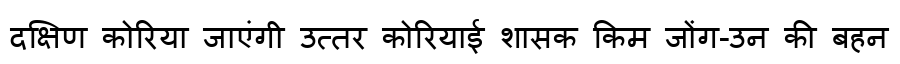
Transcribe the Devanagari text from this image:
दक्षिण कोरिया जाएंगी उत्तर कोरियाई शासक किम जोंग-उन की बहन